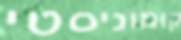
קומוניסטי